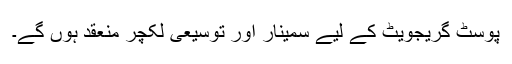
پوسٹ گریجویٹ کے لیے سمینار اور توسیعی لکچر منعقد ہوں گے۔